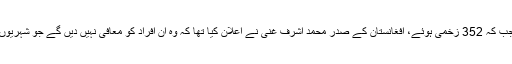
انیس اپریل کو طالبان کا حملہ جس میں 58 شہری ہلاک جب کہ 352 زخمی ہوئے، افغانستان کے صدر محمد اشرف غنی نے اعلان کیا تھا کہ وہ اُن افراد کو معافی نہیں دیں گے جو شہریوں اور مسلح فوج کے اہل کاروں پر حملے کے ذمہ دار ہیں۔